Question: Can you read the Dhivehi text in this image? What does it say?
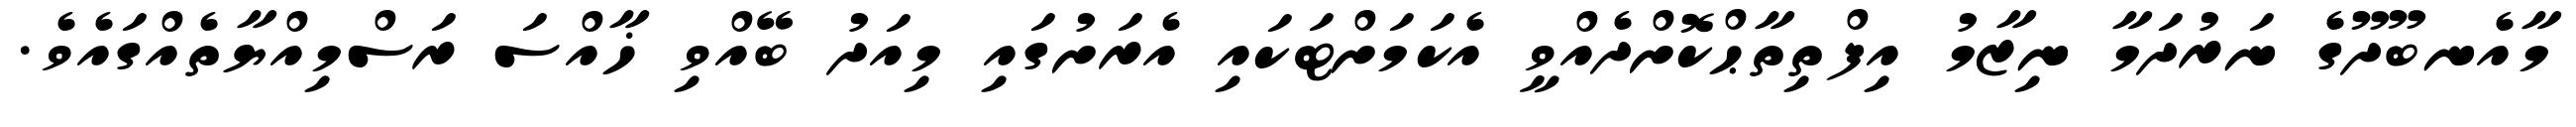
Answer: މާއެނބޫދޫގެ ނަރުދަމާ ނިޒާމު އިފްތިތާޙްކޮށްދެއްވީ އެކަމަށްޓަކައި އެރަށުގައި މިއަދު ބޭއްވި ޚާއްސަ ރަސްމިއްޔާތެއްގައެވެ.